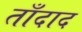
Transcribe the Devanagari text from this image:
ताँदाद